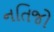
નતિજો